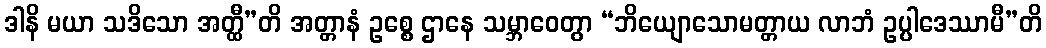
ဒါနိ မယာ သဒိသော အတ္ထီ”တိ အတ္တာနံ ဥစ္စေ ဌာနေ သမ္ဘာဝေတွာ “ဘိယျောသောမတ္တာယ လာဘံ ဥပ္ပါဒေဿာမီ”တိ